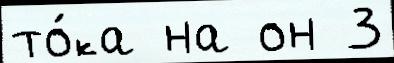
то́ка на он 3